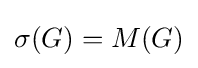
\sigma (G)=M(G)